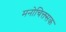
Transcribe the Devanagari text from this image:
मनोचिक्त्सक